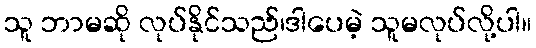
သူ ဘာမဆို လုပ်နိုင်သည်၊ဒါပေမဲ့ သူမလုပ်လို့ပါ။